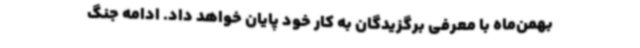
بهمن‌ماه با معرفی برگزیدگان به کار خود پایان خواهد داد. ادامه جنگ